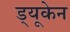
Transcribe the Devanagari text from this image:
ड्यूकेन